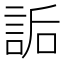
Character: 詬